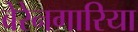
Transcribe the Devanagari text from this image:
बेरेनगारिया